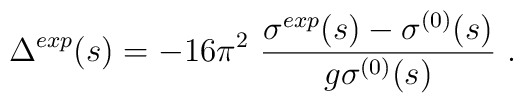
\Delta ^{exp}(s)= - 16 \pi^{2} \ \frac{\sigma^{exp}(s)-\sigma^{(0)}(s)}{g \sigma^{(0)}(s)} \ .